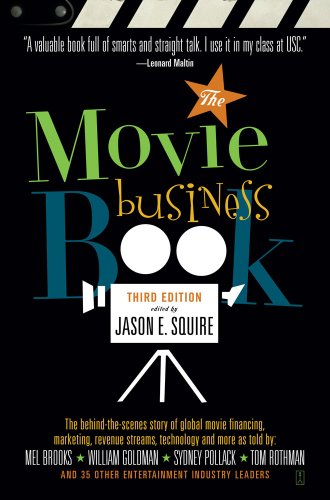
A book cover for The Movie Business Book, Third Edition; Humor & Entertainment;